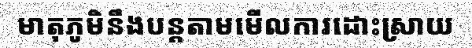
មាតុភូមិនឹងបន្តតាមមើលការដោះស្រាយ